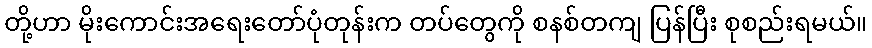
တို့ဟာ မိုးကောင်းအရေးတော်ပုံတုန်းက တပ်တွေကို စနစ်တကျ ပြန်ပြီး စုစည်းရမယ်။